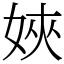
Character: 㛍